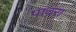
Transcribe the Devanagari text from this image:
पादरा